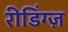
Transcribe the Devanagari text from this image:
रीडिंग्ज़